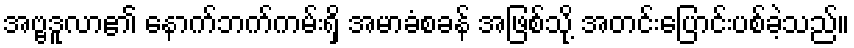
အဗ္ဗဒူလာ၏ နောက်ဘက်ကမ်းရှိ အမာခံစခန် အဖြစ်သို့ အတင်းပြောင်းပစ်ခဲ့သည်။